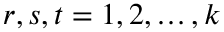
r , s , t = 1 , 2 , \ldots , k